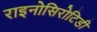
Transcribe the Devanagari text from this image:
राइनोसिरोटिडी